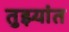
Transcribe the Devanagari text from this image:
तुझ्यांत